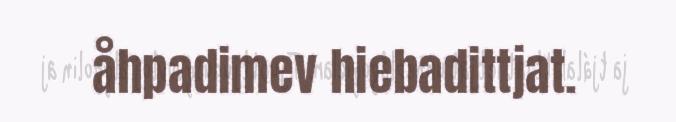
åhpadimev hiebadittjat.